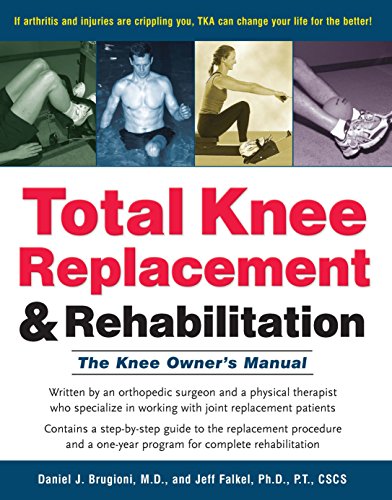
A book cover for Total Knee Replacement and Rehabilitation: The Knee Owner's Manual; M.D. Daniel J. Brugioni; Health, Fitness & Dieting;